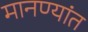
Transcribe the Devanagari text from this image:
मानण्यांत